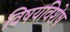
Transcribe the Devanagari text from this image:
विषयविशेष